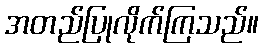
အတည်ပြုလိုက်ကြသည်။